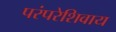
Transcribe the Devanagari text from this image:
परंपरेशिवाय